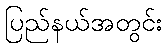
ပြည်နယ်အတွင်း